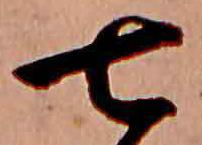
七